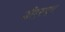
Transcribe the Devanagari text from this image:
डीएसएन